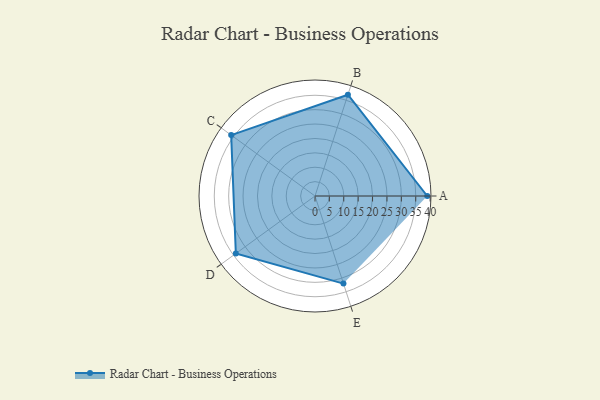
{"axis": {"x": "Skill", "y": "Score"}, "legend": ["Profile"], "data": [{"x": "A", "y": 39.0, "type": "Profile"}, {"x": "B", "y": 37.0, "type": "Profile"}, {"x": "C", "y": 36.0, "type": "Profile"}, {"x": "D", "y": 34.0, "type": "Profile"}, {"x": "E", "y": 32.0, "type": "Profile"}]}